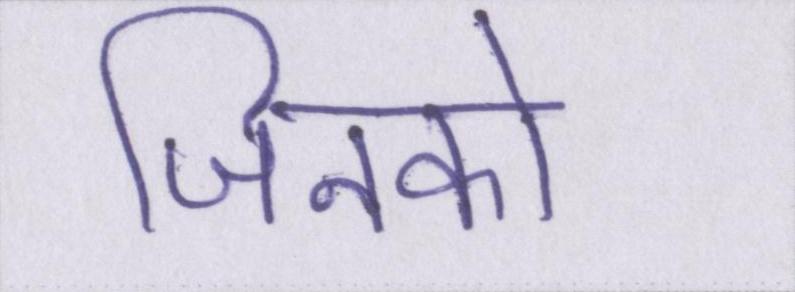
जिनको